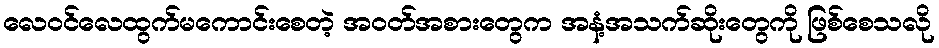
လေဝင်လေထွက်မကောင်းစေတဲ့ အဝတ်အစားတွေက အနံ့အသက်ဆိုးတွေကို ဖြစ်စေသလို